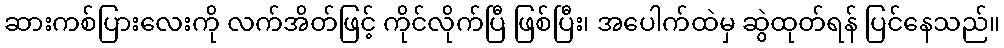
ဆားကစ်ပြားလေးကို လက်အိတ်ဖြင့် ကိုင်လိုက်ပြီ ဖြစ်ပြီး၊ အပေါက်ထဲမှ ဆွဲထုတ်ရန် ပြင်နေသည်။